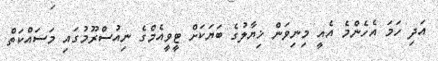
އަދި ހަމަ އެހެންމެ އެއީ މިނިވަން ޚިޔާލުގެ ބަޔަކަށް ޓީވީއެމްގެ ނިއުސްރޫމުގައި މަސައްކަތް